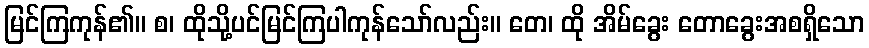
မြင်ကြကုန်၏။ စ၊ ထိုသို့ပင်မြင်ကြပါကုန်သော်လည်း။ တေ၊ ထို အိမ်ခွေး တောခွေးအစရှိသော